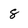
Character: 8